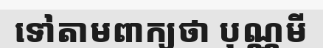
ទៅតាមពាក្យថា បុណ្ណមី